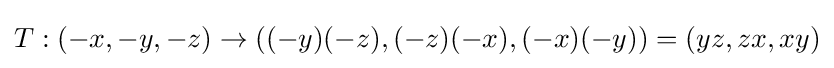
T:(-x,-y,-z)\rightarrow ((-y)(-z),(-z)(-x),(-x)(-y))=(yz,zx,xy)